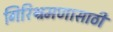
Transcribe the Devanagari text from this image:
गिरिभ्रमणासाठी